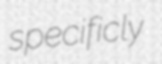
specificly